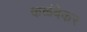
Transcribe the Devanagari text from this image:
कळंबेकर